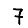
Digit: 7